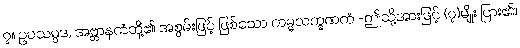
၇။ ဥပသမ္ပဒ, အဗ္ဘာနကံတို့၏ အစွမ်းဖြင့် ဖြစ်သော ကမ္မလက္ခဏကံ -ဤသို့အားဖြင့် (၇)မျိုး ပြား၏။